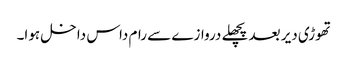
تھوڑی دیر بعد پچھلے دروازے سے رام داس داخل ہوا۔